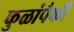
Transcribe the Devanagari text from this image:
कुळांपैकी